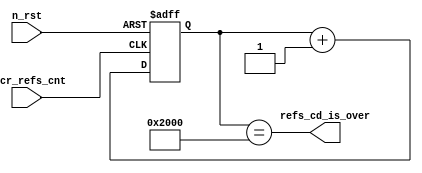
module refreshes_counter (
	input n_rst,
	input incr_refs_cnt,
	output refs_cd_is_over
);

parameter REFRESHES_PER_tRFC = 8192;

assign refs_cd_is_over = (refresh_counter == REFRESHES_PER_tRFC);


reg [13:0] refresh_counter;

always@(posedge incr_refs_cnt or negedge n_rst)
begin
	if(n_rst == 0)
		begin
			refresh_counter = 0;
		end
	else
		begin
			refresh_counter = refresh_counter + 1;
		end
end

endmodule